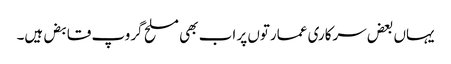
یہاں بعض سرکاری عمارتوں پر اب بھی مسلح گروپ قابض ہیں۔